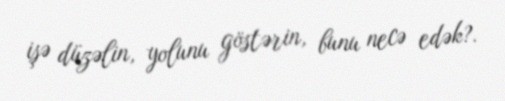
işə düzəlin, yolunu göstərin, bunu necə edək?.